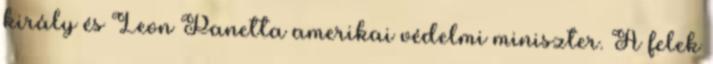
király és Leon Panetta amerikai védelmi miniszter. A felek